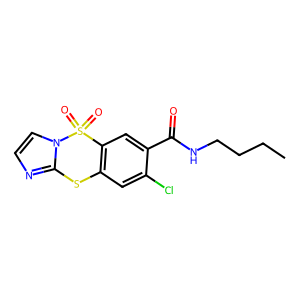
SMILES: CCCCNC(=O)c1cc2c(cc1Cl)Sc1nccn1S2(=O)=O
Inhibits HIV replication: No